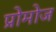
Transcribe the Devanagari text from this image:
प्रोमोज